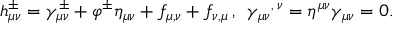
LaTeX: h _ { \mu \nu } ^ { \pm } = \gamma _ { \mu \nu } ^ { \pm } + \varphi ^ { \pm } \eta _ { \mu \nu } + f _ { \mu , \nu } + f _ { \nu , \mu } \, , \, \, \, { \gamma _ { \mu \nu } } ^ { , \, \nu } = \eta ^ { \mu \nu } \gamma _ { \mu \nu } = 0 .